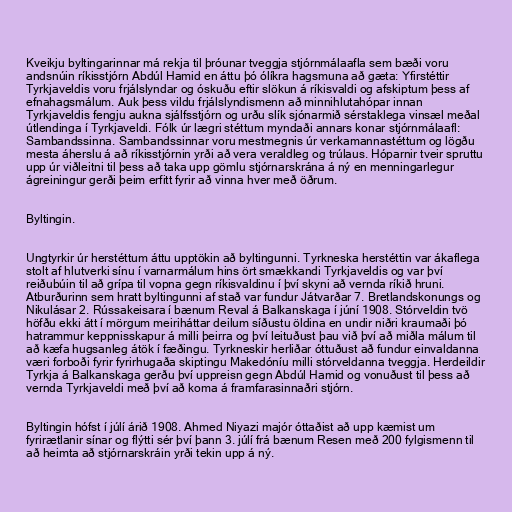
Kveikju byltingarinnar má rekja til þróunar tveggja stjórnmálaafla sem bæði voru
andsnúin ríkisstjórn Abdúl Hamid en áttu þó ólíkra hagsmuna að gæta: Yfirstéttir
Tyrkjaveldis voru frjálslyndar og óskuðu eftir slökun á ríkisvaldi og afskiptum þess af
efnahagsmálum. Auk þess vildu frjálslyndismenn að minnihlutahópar innan
Tyrkjaveldis fengju aukna sjálfsstjórn og urðu slík sjónarmið sérstaklega vinsæl meðal
útlendinga í Tyrkjaveldi. Fólk úr lægri stéttum myndaði annars konar stjórnmálaafl:
Sambandssinna. Sambandssinnar voru mestmegnis úr verkamannastéttum og lögðu
mesta áherslu á að ríkisstjórnin yrði að vera veraldleg og trúlaus. Hóparnir tveir spruttu
upp úr viðleitni til þess að taka upp gömlu stjórnarskrána á ný en menningarlegur
ágreiningur gerði þeim erfitt fyrir að vinna hver með öðrum.

Byltingin.

Ungtyrkir úr herstéttum áttu upptökin að byltingunni. Tyrkneska herstéttin var ákaflega
stolt af hlutverki sínu í varnarmálum hins ört smækkandi Tyrkjaveldis og var því
reiðubúin til að grípa til vopna gegn ríkisvaldinu í því skyni að vernda ríkið hruni.
Atburðurinn sem hratt byltingunni af stað var fundur Játvarðar 7. Bretlandskonungs og
Nikulásar 2. Rússakeisara í bænum Reval á Balkanskaga í júní 1908. Stórveldin tvö
höfðu ekki átt í mörgum meiriháttar deilum síðustu öldina en undir niðri kraumaði þó
hatrammur keppnisskapur á milli þeirra og því leituðust þau við því að miðla málum til
að kæfa hugsanleg átök í fæðingu. Tyrkneskir herliðar óttuðust að fundur einvaldanna
væri forboði fyrir fyrirhugaða skiptingu Makedóníu milli stórveldanna tveggja. Herdeildir
Tyrkja á Balkanskaga gerðu því uppreisn gegn Abdúl Hamid og vonuðust til þess að
vernda Tyrkjaveldi með því að koma á framfarasinnaðri stjórn.

Byltingin hófst í júlí árið 1908. Ahmed Niyazi majór óttaðist að upp kæmist um
fyrirætlanir sínar og flýtti sér því þann 3. júlí frá bænum Resen með 200 fylgismenn til
að heimta að stjórnarskráin yrði tekin upp á ný.